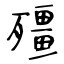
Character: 殭